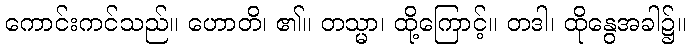
ကောင်းကင်သည်။ ဟောတိ၊ ၏။ တသ္မာ၊ ထို့ကြောင့်။ တဒါ၊ ထိုနွေအခါ၌။